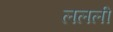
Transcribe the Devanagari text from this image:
ललली